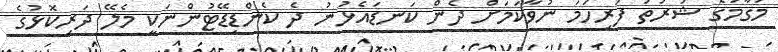
މަގާމުގެ ޝަރުތު ފުރިހަމަ ނުވާކަމަށް ދެން ކަނޑައެޅުނު ދެ ކެންޑިޑޭޓުންނަކީ މެލޭ ދަރިކޮޅުގެ